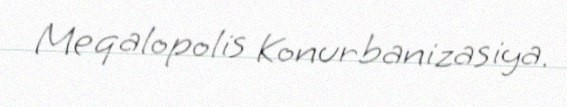
Meqalopolis Konurbanizasiya.